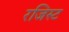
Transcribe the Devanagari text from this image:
रजिस्ट